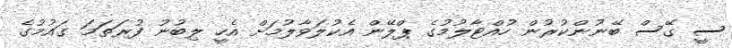
ސީ ގޭސް ބޭނުންކުރުން ހުއްޓާލުމުގެ ޕްލޭން އެކުލަވާލުމަށް އެހީ ލިބުނު ފުރަތަމަ ގައުމުގެ